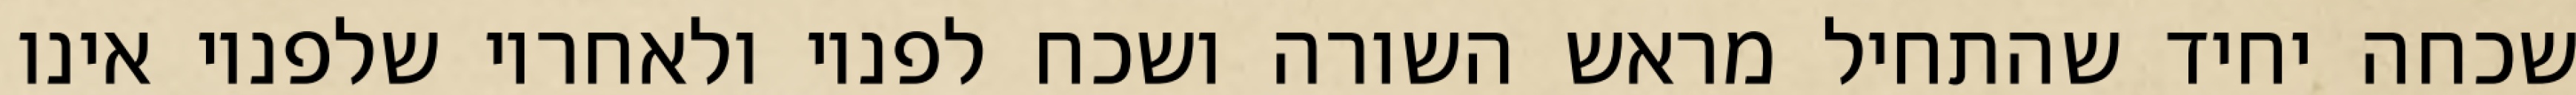
שכחה יחיד שהתחיל מראש השורה ושכח לפניו ולאחריו שלפניו אינו